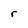
Character: r